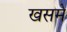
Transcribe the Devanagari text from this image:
खसमे